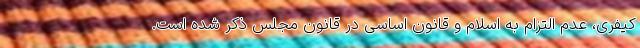
کیفری، عدم التزام به اسلام و قانون اساسی در قانون مجلس ذکر شده است.